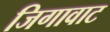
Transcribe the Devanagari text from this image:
जिगावाट